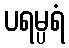
ပရမ္ပရံ